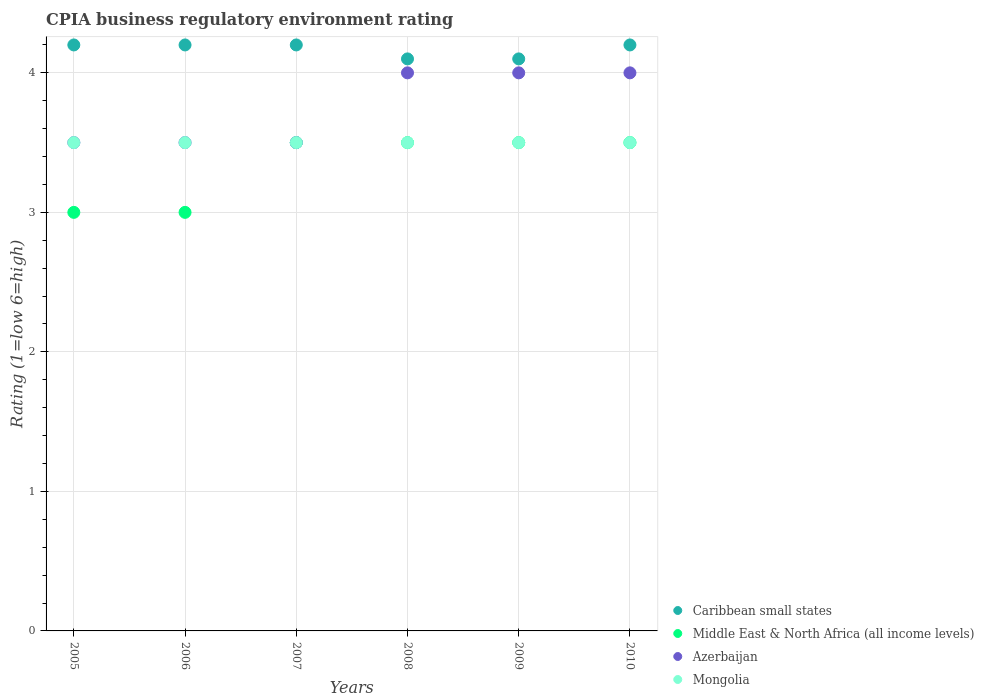
| Years | Caribbean small states | Middle East & North Africa (all income levels) | Azerbaijan | Mongolia |
 | --- | --- | --- | --- | --- |
 | 2005 | 4.2 | 3 | 3.5 | 3.5 |
 | 2006 | 4.2 | 3 | 3.5 | 3.5 |
 | 2007 | 4.2 | 3.5 | 3.5 | 3.5 |
 | 2008 | 4.1 | 3.5 | 4 | 3.5 |
 | 2009 | 4.1 | 3.5 | 4 | 3.5 |
 | 2010 | 4.2 | 3.5 | 4 | 3.5 |